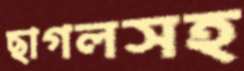
ছাগলসহ